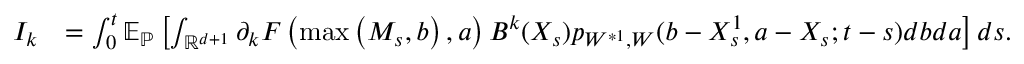
\begin{array} { r l } { I _ { k } } & { = \int _ { 0 } ^ { t } { \mathbb E } _ { \mathbb { P } } \left[ \int _ { { \mathbb R } ^ { d + 1 } } { { \partial _ { k } } } F \left( \operatorname* { m a x } \left( M _ { s } , b \right) , a \right) B ^ { k } ( X _ { s } ) p _ { W ^ { * 1 } , W } ( b - X _ { s } ^ { 1 } , a - X _ { s } ; t - s ) d b d a \right] d s . } \end{array}